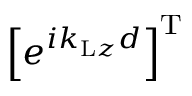
\left[ e ^ { i k _ { \mathrm { L } z } d } \right] ^ { \mathrm { T } }